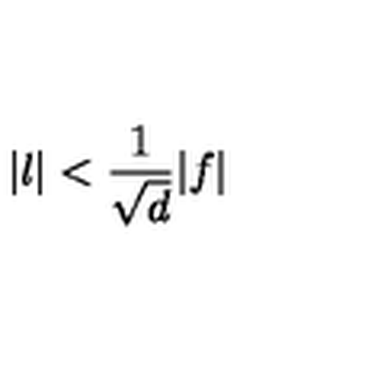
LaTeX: \vert l \vert < { \frac { 1 } { \sqrt { d } } } \vert f \vert